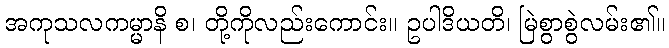
အကုသလကမ္မာနိ စ၊ တို့ကိုလည်းကောင်း။ ဥပါဒိယတိ၊ မြဲစွာစွဲလမ်း၏။